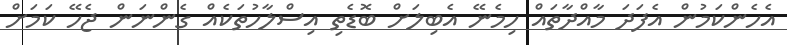
އެހެންކަމުން އެފަދަ މާއްދާތައް ހިމެނޭ އެބިލަށް ބޮޑެތި އިސްލާހުތަކެއް ގެންނަން ޖެހޭ ކަމަށް